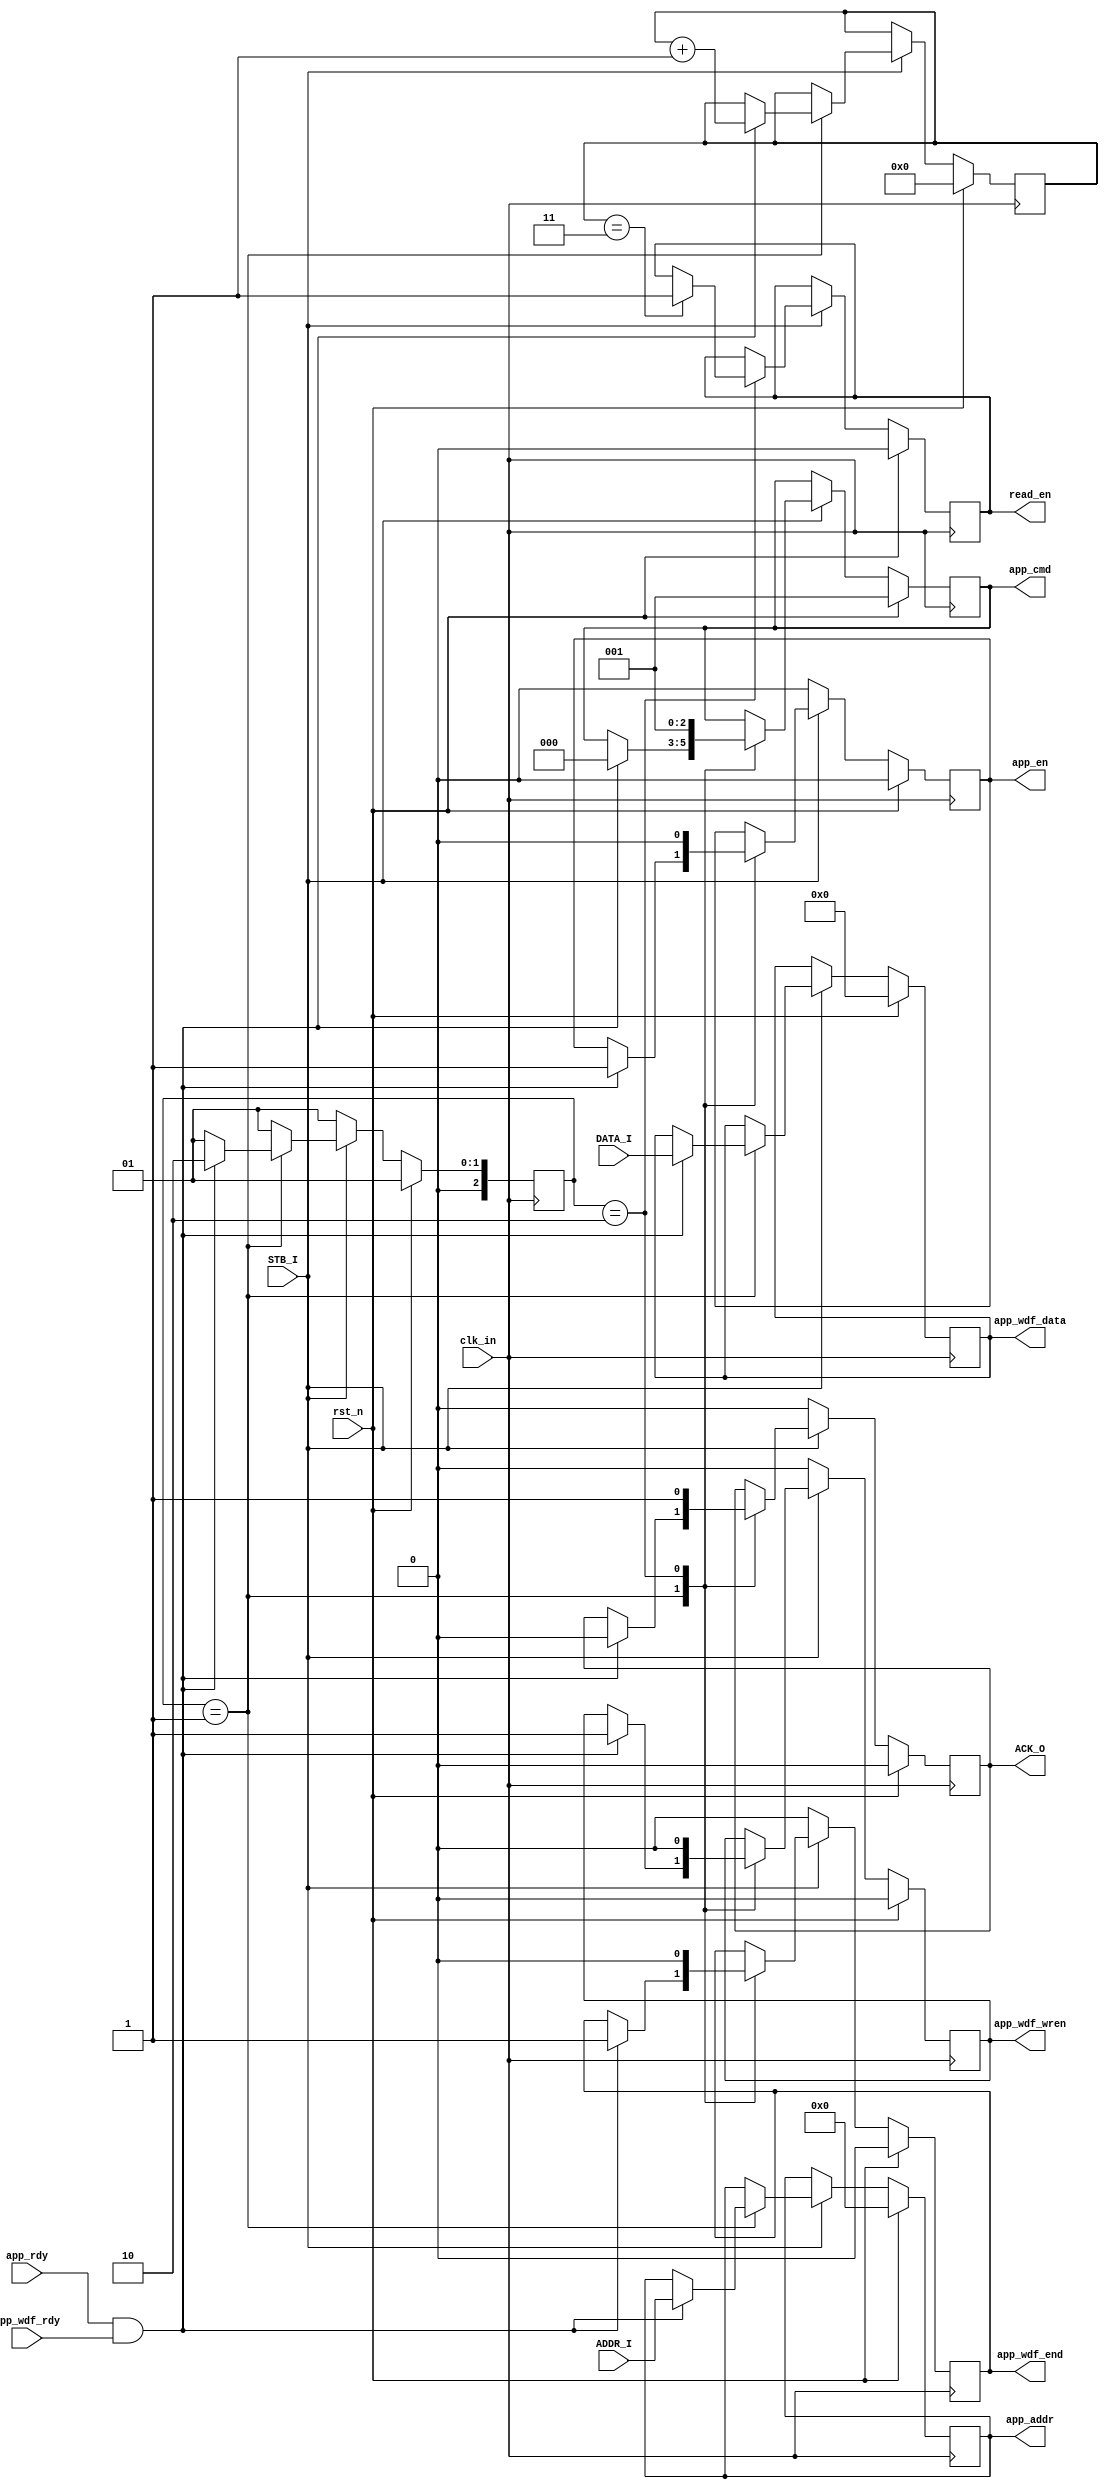
`timescale 1ns / 1ps
//////////////////////////////////////////////////////////////////////////////////
// Company: 
// Engineer: 
// 
// Design Name: 
// Module Name: ddr2_write_control
// Project Name: 
// Target Devices: 
// Tool Versions: 
// Description: 
// ddr2
// Dependencies: 
// 
// Revision:
// Revision 0.01 - File Created
// Additional Comments:
// 
//////////////////////////////////////////////////////////////////////////////////


module ddr2_write_control(
    clk_in,
    rst_n,
    ADDR_I,
    DATA_I,
    STB_I,
    ACK_O,
    read_en,
    //ddr_ signals
    app_en,
    app_wdf_wren,
    app_wdf_end,
    app_cmd,
    app_addr,
    app_wdf_data,
    app_rdy,
    app_wdf_rdy
    );

    parameter DQ_WIDTH          = 16;
    parameter ECC_TEST          = "OFF";
    parameter ADDR_WIDTH        = 27;
    parameter nCK_PER_CLK       = 4;

    localparam DATA_WIDTH       = 16;
    localparam PAYLOAD_WIDTH    = (ECC_TEST == "OFF") ? DATA_WIDTH : DQ_WIDTH;
    localparam APP_DATA_WIDTH   = 2 * nCK_PER_CLK * PAYLOAD_WIDTH;  //8
    localparam APP_MASK_WIDTH   = APP_DATA_WIDTH / 8;

    input clk_in;
    input rst_n;  
    input [26:0] ADDR_I;    //
    input [127:0] DATA_I;  //
    input STB_I;    //
    output reg ACK_O;    //
    output reg read_en;

    // Wire declarations
    output reg app_en, app_wdf_wren, app_wdf_end;
    output reg [2:0] app_cmd;
    output reg [ADDR_WIDTH-1:0] app_addr;
    output reg [APP_DATA_WIDTH-1:0] app_wdf_data;
    input app_rdy, app_wdf_rdy;

    //
    //----------FSM--------
    reg [2:0] cstate;

    parameter IDLE = 3'b001;
    parameter WRITE = 3'b010;

    reg [3:0] write_count;


    always @(posedge clk_in)
    begin
        if(rst_n) begin
            app_cmd <= 3'b1;
            app_en <= 1'b0;
            app_wdf_data <= 128'h0;
            app_addr <= 27'h0;
            app_wdf_end <= 1'b0;
            app_wdf_wren <= 1'b0;
            write_count <= 0;
            read_en <= 0;
            ACK_O <= 0;
            cstate <= IDLE;
        end
        else if(STB_I) begin
            case(cstate)
                IDLE:begin
                    if(app_rdy & app_wdf_rdy) begin
                        app_wdf_data <= DATA_I;
                        app_cmd <= 3'b0;
                        app_addr <= ADDR_I;
                        app_wdf_wren <= 1'b1;
                        app_wdf_end <= 1'b1;
                        app_en <= 1'b1;
                        ACK_O <= 0;  //
                        write_count <= write_count + 1;
                        cstate <= WRITE;
                    end
                    else cstate <= IDLE; 
                end
                WRITE:begin
                    app_en <= 1'b0;
                    app_cmd <= 3'b1;
                    ACK_O <= 1;
                    app_wdf_wren <= 1'b0;
                    app_wdf_end <= 0;
                    if(write_count == 3)
                        read_en <= 1;
                    cstate <= IDLE;
                end
                default:cstate <= IDLE;
            endcase
        end
        else begin
            app_en <= 0;
            app_wdf_wren <= 0;
            app_wdf_end <= 0;
            ACK_O <= 0;
            cstate <= IDLE;
        end
    end


endmodule